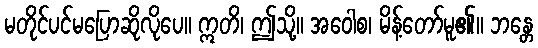
မတိုင်ပင်မပြောဆိုလိုပေ။ ဣတိ၊ ဤသို့။ အဝေါစ၊ မိန့်တော်မူ၏။ ဘန္တေ